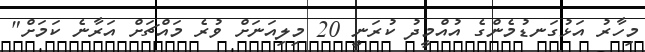
މިހާރު އަޅުގަނޑުމެންގެ އުއްމީދު ކުރަނީ 20 މިލިއަނަށް ވުރެ މައްޗަށް އަރާނެ ކަމަށް"